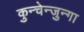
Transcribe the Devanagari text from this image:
कुन्चेन्जुन्गा